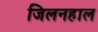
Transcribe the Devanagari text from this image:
जिलनहाल